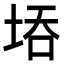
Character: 𭎝